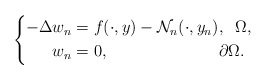
\begin{align*}\left \{\begin{aligned}-\Delta w_{n} &=f(\cdot,y)-\mathcal{N}_{n}(\cdot,y_{n}), \;\; \Omega,\\w_n&=0, \,\;\;\qquad\qquad\qquad\partial \Omega.\end{aligned}\right. \end{align*}